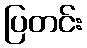
ပြတင်း